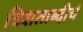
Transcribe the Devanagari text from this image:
त्रिशताब्दीचं